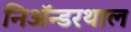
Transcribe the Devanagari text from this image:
निअॅन्डरथाल